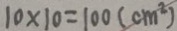
1 0 \times 1 0 = 1 0 0 ( c m ^ { 2 } )